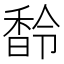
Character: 𩡁